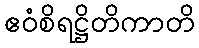
ဧဝံစိရဋ္ဌိတိကာတိ